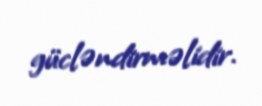
gücləndirməlidir.